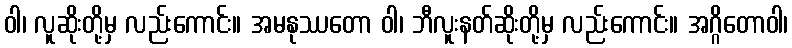
ဝါ၊ လူဆိုးတို့မှ လည်းကောင်း။ အမနုဿတော ဝါ၊ ဘီလူးနတ်ဆိုးတို့မှ လည်းကောင်း။ အဂ္ဂိတောဝါ၊